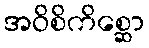
အဝိစိကိစ္ဆော